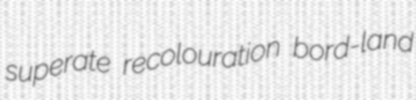
superate recolouration bord-land